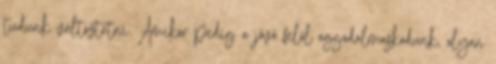
tudunk változtatni. Amikor pedig a jövő felől aggodalmaskodunk, olyan